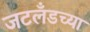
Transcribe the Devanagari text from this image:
जटलँडच्या